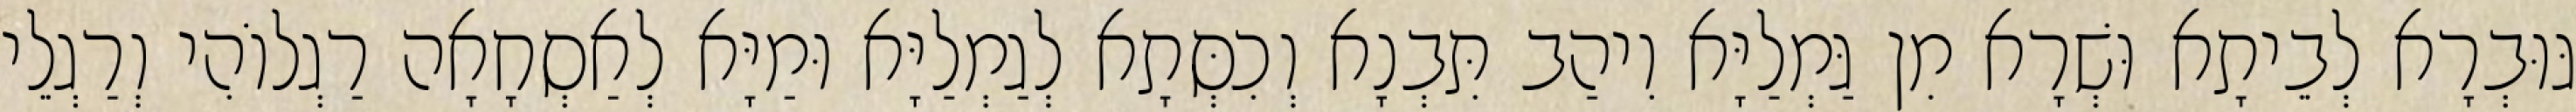
גּוּבְרָא לְבֵיתָא וּשְׁרָא מִן גַּמְלַיָּא וִיהַב תִּבְנָא וְכִסְּתָא לְגַמְלַיָּא וּמַיָּא לְאַסְחָאָה רַגְלוֹהִי וְרַגְלֵי